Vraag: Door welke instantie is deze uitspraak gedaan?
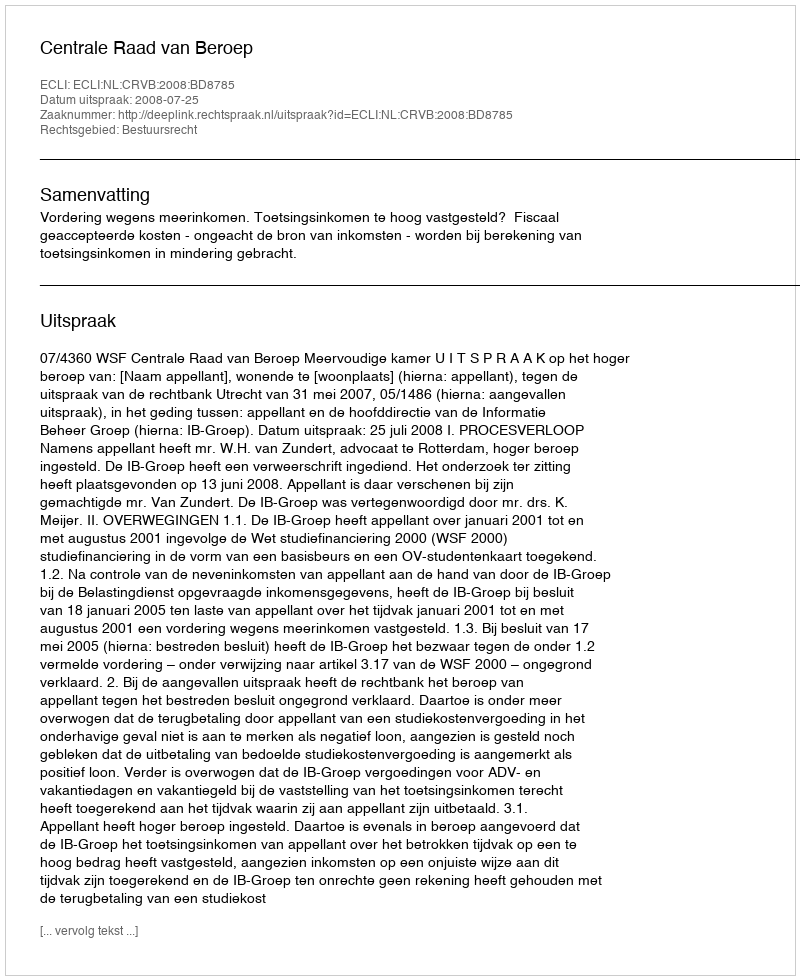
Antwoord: Centrale Raad van Beroep